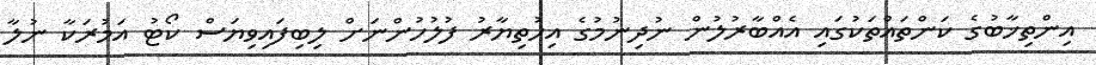
އިންތިޚާބުގެ ކަންތައްތަކުގައި އެއްބާރުލުން ނުދިނުމުގެ އިހުތިޔާރު ފުލުހުންނަށް ލިބިފައިވިޔަސް ކޯޓު އަމުރަކާ ނުލާ